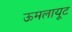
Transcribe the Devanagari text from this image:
ऊमलायूट